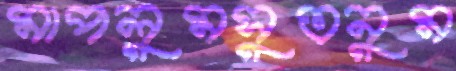
মাপলুমসুতনুম